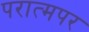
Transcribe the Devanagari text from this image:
परात्मपर